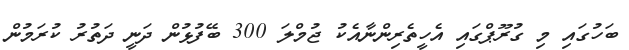
ބަހުގައި މި ގުރޫޕްގައި އެހީތެރިންނާއެކު ޖުމްލަ 300 ބޭފުޅުން ދަނީ ދަތުރު ކުރަމުން